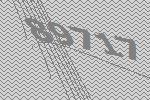
89717